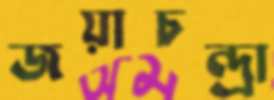
জয়াচন্দ্রা